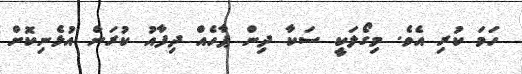
ހަމަ ކުރި އެވެ. މިގޯލަކީ ސަކާ ދިން ޕާހެއް ދިފާއު ކުރަން އުޅެނިކޮށް